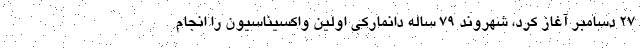
۲۷ دسامبر آغاز کرد، شهروند ۷۹ ساله دانمارکی اولین واکسیناسیون را انجام